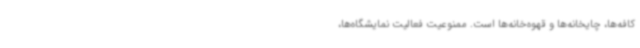
کافه‌ها، چایخانه‌ها و قهوه‌خانه‌ها است. ممنوعیت فعالیت نمایشگاه‌ها،